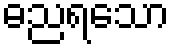
ဓညရသော